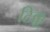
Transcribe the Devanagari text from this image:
टिक्कू